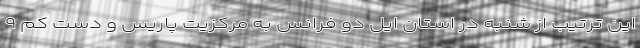
این ترتیب از شنبه در استان ایل دو فرانس به مرکزیت پاریس و دست کم ۹